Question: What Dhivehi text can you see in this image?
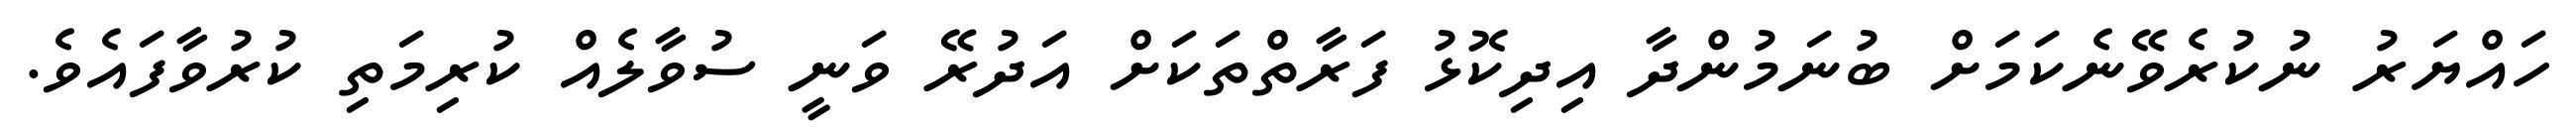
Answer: ހައްޔަރު ނުކުރެވޭނެކަމަށް ބުނަމުންދާ އިދިކޮޅު ފަރާތްތަކަށް އަދުރޭ ވަނީ ސުވާލެއް ކުރިމަތި ކުރުވާފައެވެ.